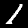
Digit: 1